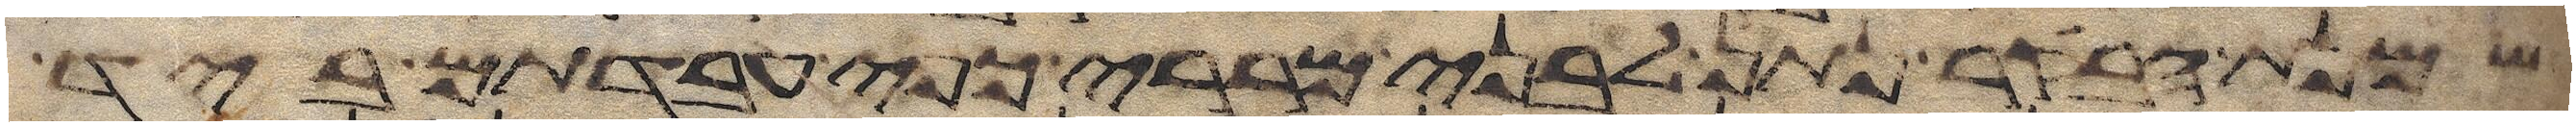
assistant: שמנת הבקר נתן לבני מררי כפי עבדתם ביד